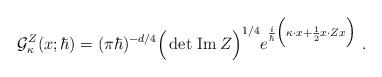
LaTeX: \begin{align*}\mathcal{G}^Z_{\kappa}(x;\hbar)=(\pi\hbar)^{-d/4}\Big(\det \,{\rm Im}\,Z\Big)^{1/4}e^{\frac{i}{\hbar}\Big(\kappa\cdot x+\frac{1}{2}x\cdot Zx\Big)} \ .\end{align*}